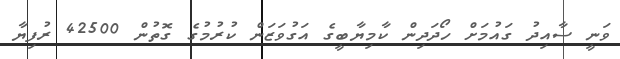
ވަނީ ސާއިދު ގައުމަށް ހޯދަދިން ކާމިޔާބީގެ އަގުވަޒަން ކުރުމުގެ ގޮތުން 42500 ރުފިޔާ